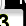
Digit: 3